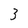
Character: 3